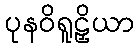
ပုနဝိရူဠှိယာ